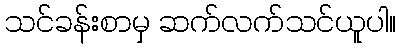
သင်ခန်းစာမှ ဆက်လက်သင်ယူပါ။